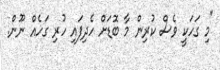
"މި ގަހަކީ ވެސް ކުރިން މާ ބޮޑަށް ހެދިފައި ހުރި ގަހެއް ނޫން.